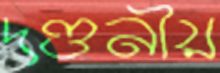
দণ্ডনীয়